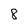
Character: 8